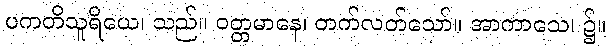
ပကတိသူရိယေ၊ သည်။ ဝတ္တမာနေ၊ တက်လတ်သော်။ အာကာသေ၊ ၌။